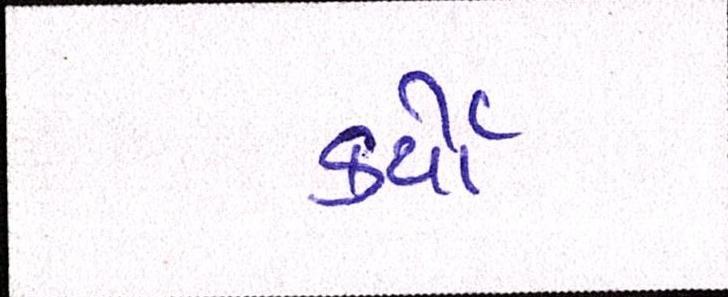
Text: કર્યેા